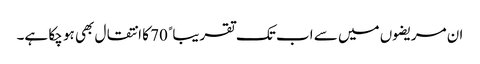
ان مریضوں میں سے اب تک تقریباﹰ 70 کا انتقال بھی ہو چکا ہے۔